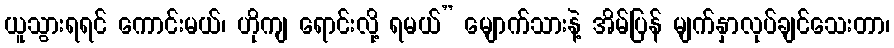
ယူသွားရရင် ကောင်းမယ်၊ ဟိုကျ ရောင်းလို့ ရမယ်” မျောက်သားနဲ့ အိမ်ပြန် မျက်နှာလုပ်ချင်သေးတာ၊